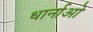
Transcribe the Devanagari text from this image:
धार्नाओ